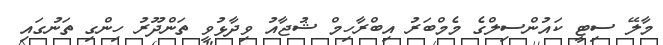
މާލޭ ސިޓީ ކައުންސިލްގެ މެމްބަރު އިބްރާހިމް ޝުޖާއު ވިދާޅުވީ ތަންދޫރު ހިންގި ތަނުގައި